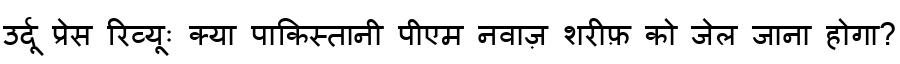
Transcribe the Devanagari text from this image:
उर्दू प्रेस रिव्यूः क्या पाकिस्तानी पीएम नवाज़ शरीफ़ को जेल जाना होगा?